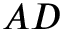
A D